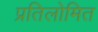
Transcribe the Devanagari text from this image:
प्रतिलोमित